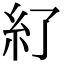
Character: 𥾇